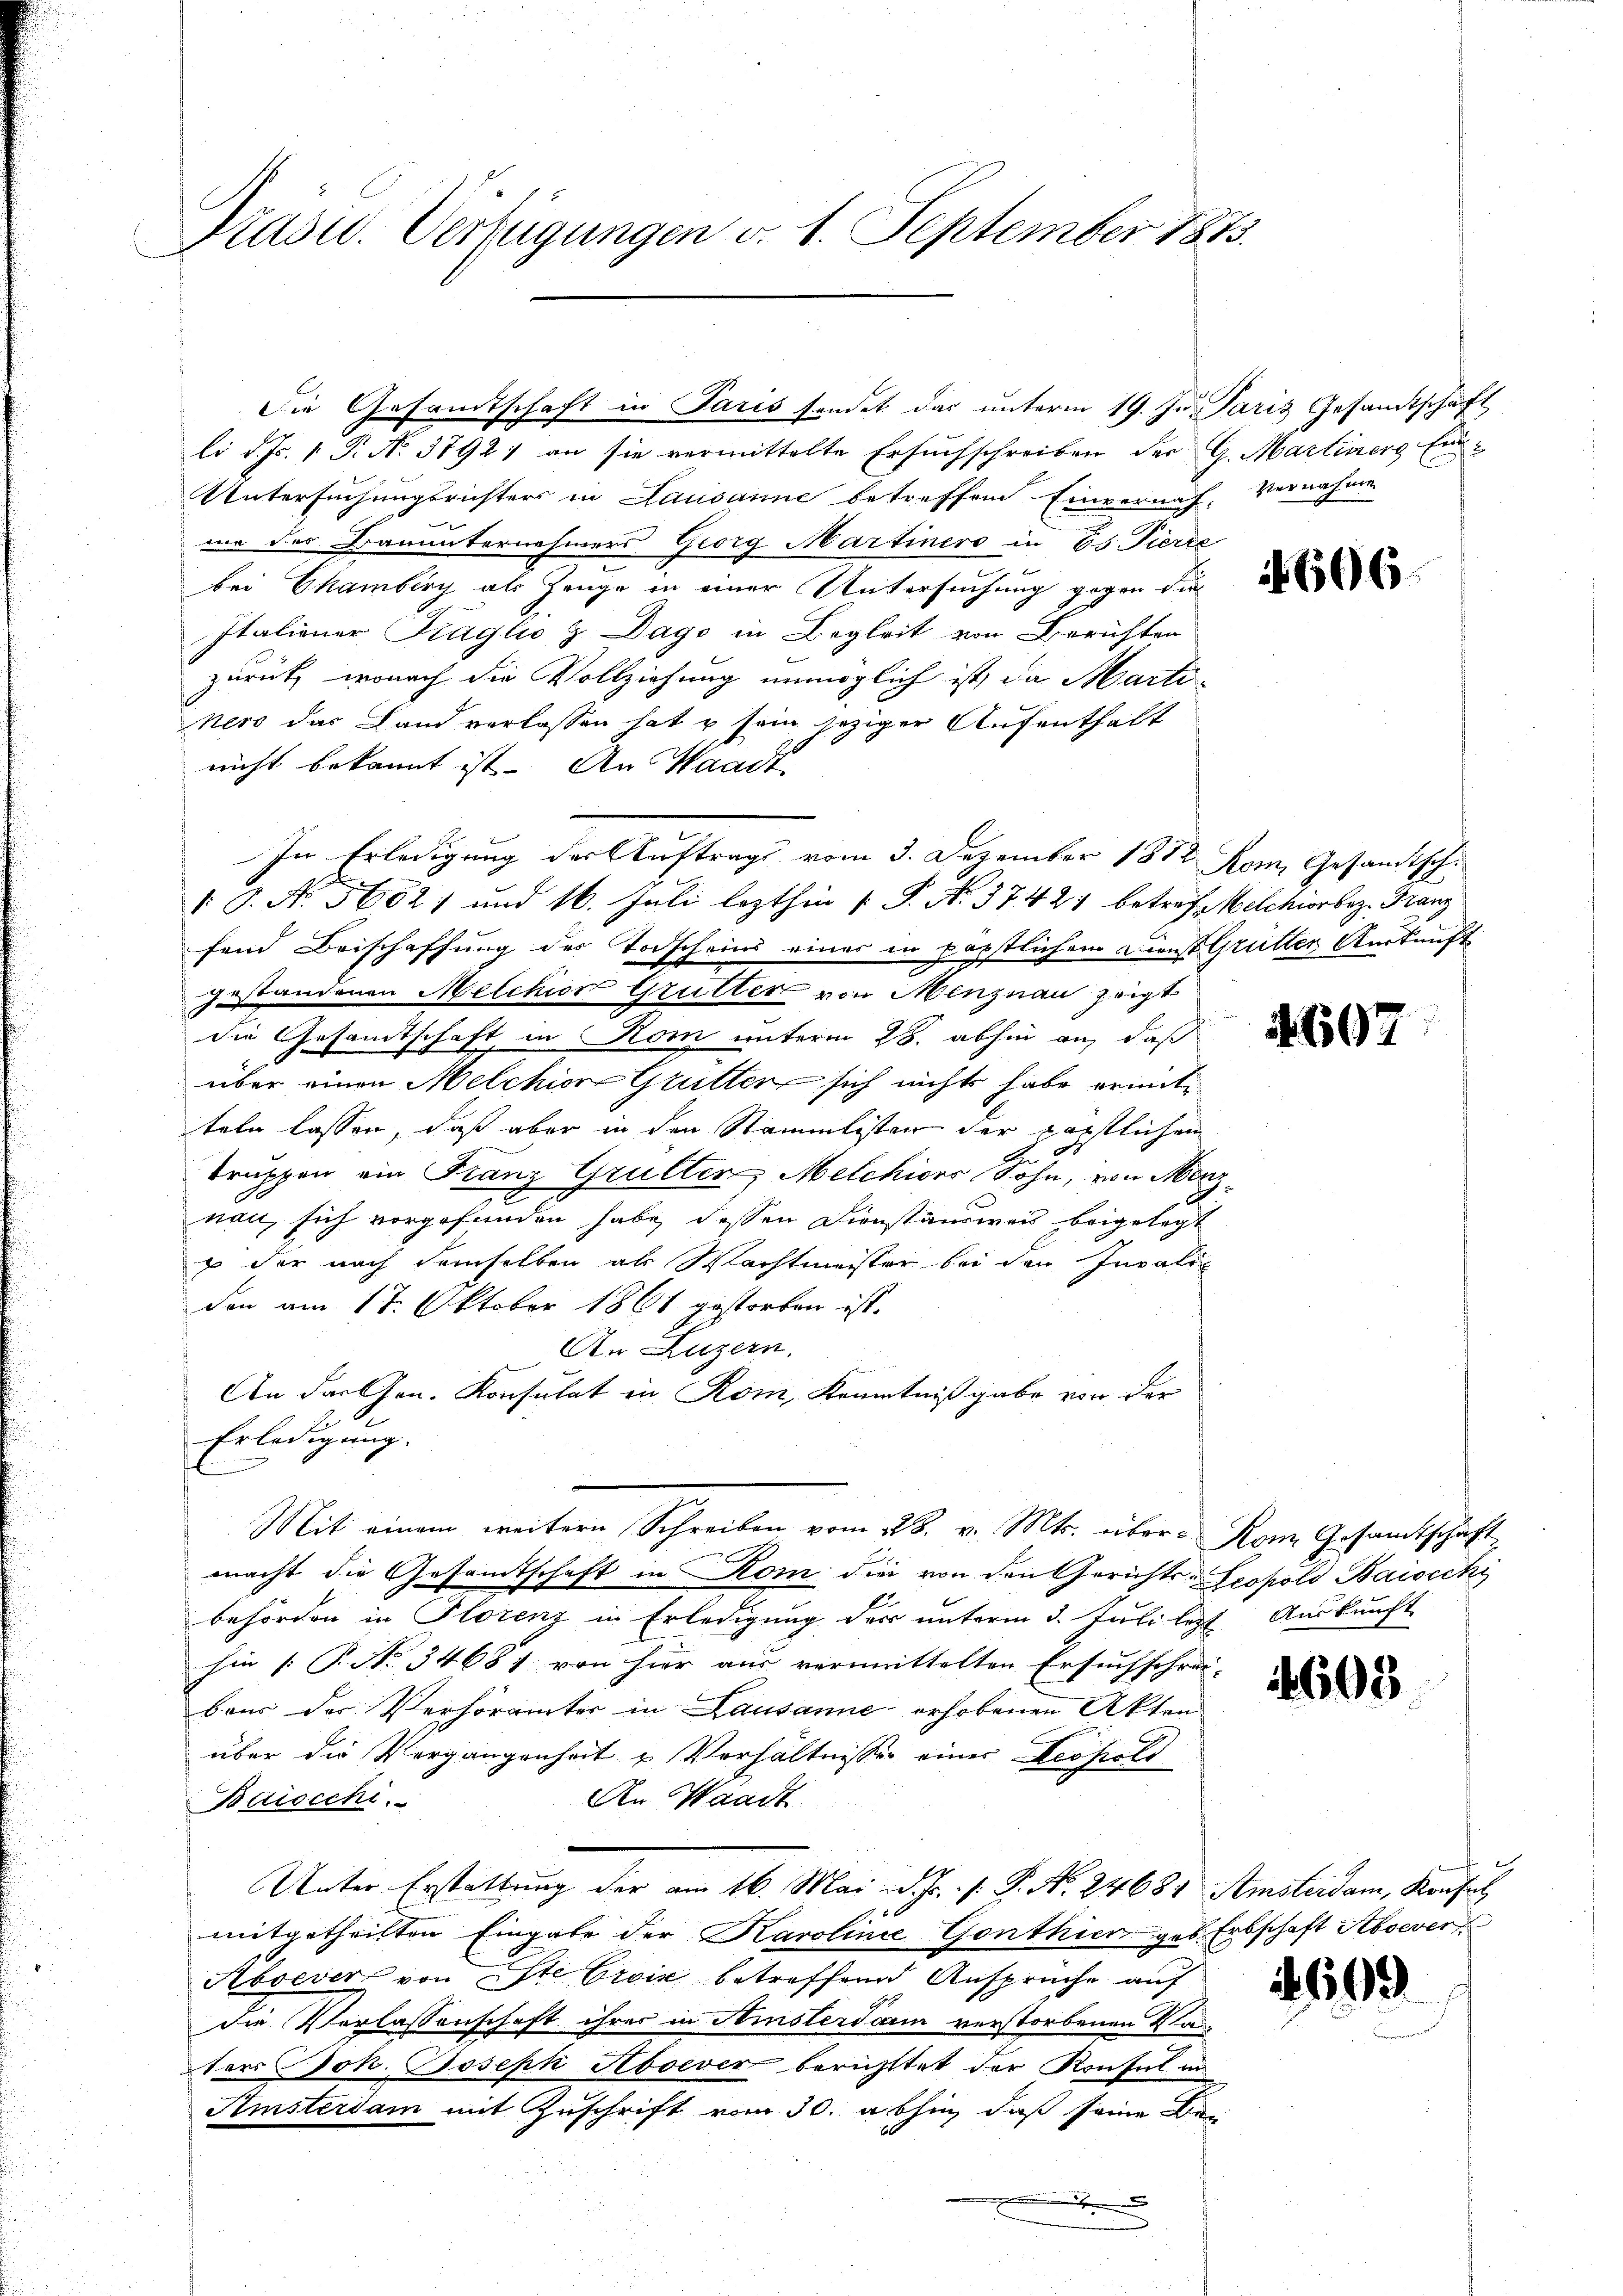
Präsid. Verfügungen v. 1. September 1873.

Die Gesandtschaft in Paris sondet das unterm 19. Ju. Paris Gesandtschaft
li d. Js. 1. P. No. 3792) an sie vermittelte Ersuchschreiben der G. Martiner Ein¬
Untersuchungsrichters in Lausanne betreffend Einvernach, Vernahme
me des Bauunternehmers Georg Martiners in Ed. Fierze
bei Chamberg als Zeuge in einer Untersuchung gegen die
Italiener Fraglio & Dago in Begleit von Berichten
zurück, wonach die Vollziehung unmöglich ist, da Marti-
Neso das Land verlassen hat u sein jeziger Aufenthalt
nicht bekannt ist. An Waadt
In Erledigung der Auftrags vom 3. Dezember 1872 Rom, Gesandtsch
 P. No. 56521 und 16. Juli lezthin 1 S. No. 3742 betref Welchior bez. Franz
fend Beischaffung des Vorscheins einer in päpstlichem Dienst Grütter Auskunft
gestandenen Melchior Grütter von Menznau zeigt
die Gesamtschaft in Kom unterm 28. abhin an, daß
über einen Melchion Grütter sich nicht habe erinte
teln lassen, daß aber in den Stammlisten der päpstlichen
G.
Truppen ein Franz Grulten Melchions Sohn, von Mennau, sich vorgefunden habe, dessen Dienstandweis beigelegt
s der nach demselben als Wachtmeister bei den Invali-
den am 17. Oktober 1861 gestorben ist.
An Luzern.
An der Hrn. Konsulat in Rom, Kenntnißgabe von der
Erledigung.
Mit einem weitern Schreiben vom 28. v. Mts. über- Rom. Gesamtschaft
macht die Gesamtschaft in Rom die von den Gerichts- Leopold Baisick
behörden in Florenz in Erledigung der unterm 5. Juli legt Auskunft
hin /: P. No. 34681 von hier aus vermittelten Ersuchschrei-
baus der Verhöramter in Lausanne erhobenen Akten
über die Vergangenheit u. Verhältnisser einer Leopoli
An Waadt
Baiocchi.
Unter Erstattung der am 16. Mai d. Js. f. P. N. 24681 Amsterdam, Konsil
mitgetheilten Eingabe der Karolinie Gonthien geb. Erbschaft Absever
Absever von Ste Croix betreffend Ansprüche auf
die Verlassenschaft ihres in Amsterdam verstorbenen Vaders Joh. Joseph Hboever berichttet der Konsul in
Amstersam mit Zuschrift vom 30. abhin, daß seine Ben
.
2
.

606.

697

4608

2609